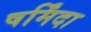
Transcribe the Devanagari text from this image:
षर्मिंदा